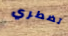
تضطري